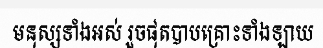
មនុស្សទាំងអស់ រួចផុតបាបគ្រោះទាំងឡាយ